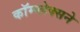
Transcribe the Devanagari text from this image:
कॉम्प्लेक्सने